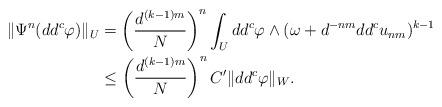
LaTeX: \begin{align*}\|\Psi^{n}(dd^{c}\varphi)\|_U & =\left(\frac{d^{(k-1)m}}{N}\right)^n\int_Udd^{c}\varphi\wedge (\omega+d^{-nm}dd^{c}u_{nm})^{k-1}\\& \leq \left(\frac{d^{(k-1)m}}{N}\right)^n C'\|dd^c\varphi\|_W.\end{align*}